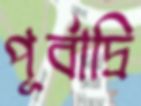
পূর্বাদ্রি